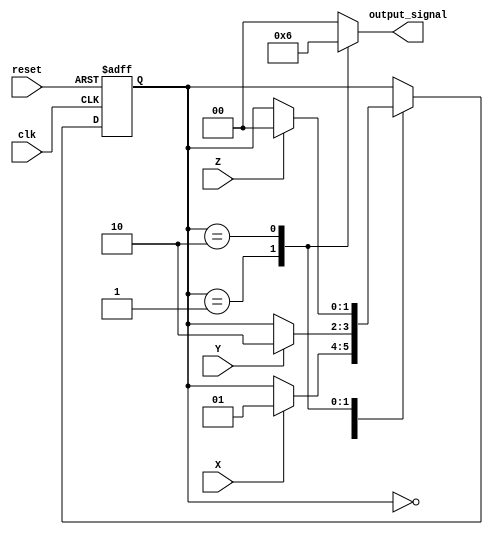
module moore_fsm (
    input wire clk,            // Clock input
    input wire reset,          // Asynchronous reset
    input wire X,             // Input signal for transition
    input wire Y,             // Input signal for transition
    input wire Z,             // Input signal for transition
    output reg [1:0] output_signal // 2-bit output
);

// State encoding
localparam STATE_A = 2'b00;
localparam STATE_B = 2'b01;
localparam STATE_C = 2'b10;

// Define current state and next state registers
reg [1:0] current_state, next_state;

// State Transition Logic
always @(*) begin
    // Default next state to current state
    next_state = current_state;

    case (current_state)
        STATE_A: begin
            if (X) begin
                next_state = STATE_B; // Transition from A to B on X
            end
        end
        
        STATE_B: begin
            if (Y) begin
                next_state = STATE_C; // Transition from B to C on Y
            end
        end
        
        STATE_C: begin
            if (Z) begin
                next_state = STATE_A; // Transition from C to A on Z
            end
        end
        
    endcase
end

// State Register
always @(posedge clk or posedge reset) begin
    if (reset) begin
        current_state <= STATE_A; // Initialize to STATE_A on reset
    end else begin
        current_state <= next_state; // Update current state
    end
end

// Output Logic (Moore Output)
always @(current_state) begin
    case (current_state)
        STATE_A: output_signal = 2'b00; // Output = 0 in STATE_A
        STATE_B: output_signal = 2'b01; // Output = 1 in STATE_B
        STATE_C: output_signal = 2'b10; // Output = 2 in STATE_C
        default: output_signal = 2'b00; // Default state
    endcase
end

endmodule